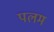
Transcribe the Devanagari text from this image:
पलम